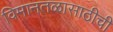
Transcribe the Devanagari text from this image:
विमानतळासाठीची